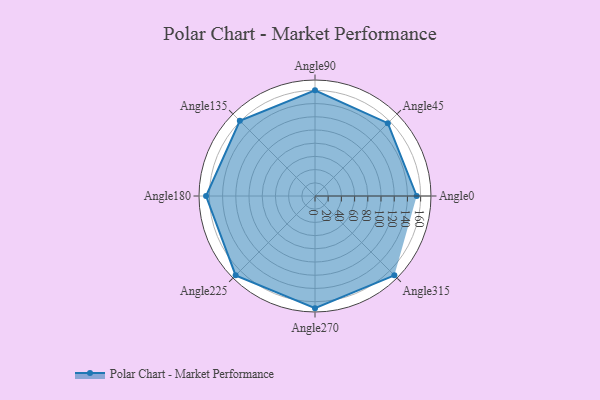
{"axis": {"x": "Angle", "y": "Radius"}, "legend": [""], "data": [{"x": "Angle0", "y": 154.0, "type": ""}, {"x": "Angle45", "y": 156.0, "type": ""}, {"x": "Angle90", "y": 160.0, "type": ""}, {"x": "Angle135", "y": 161.0, "type": ""}, {"x": "Angle180", "y": 165.0, "type": ""}, {"x": "Angle225", "y": 170.0, "type": ""}, {"x": "Angle270", "y": 170, "type": ""}, {"x": "Angle315", "y": 170, "type": ""}]}